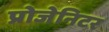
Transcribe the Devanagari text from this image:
प्रोजेनिटर